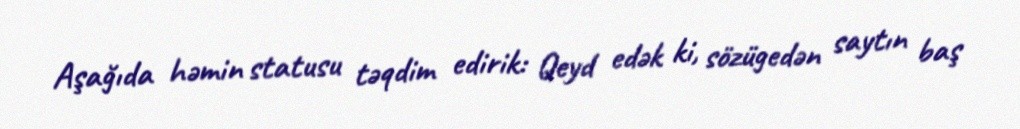
Aşağıda həmin statusu təqdim edirik: Qeyd edək ki, sözügedən saytın baş